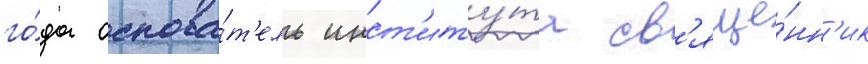
го́да основа́т'ель инст'иту́та св'яще́нн'ик